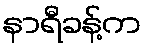
နာရီခန့်က